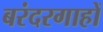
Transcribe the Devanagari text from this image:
बरंदरगाहों